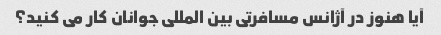
آیا هنوز در آژانس مسافرتی بین المللی جوانان کار می کنید؟